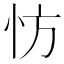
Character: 㤃